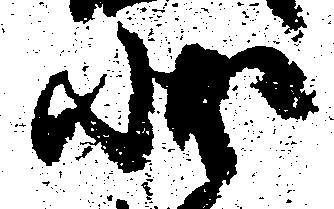
状